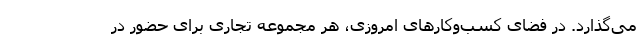
می‌گذارد. در فضای کسب‌وکارهای امروزی، هر مجموعه تجاری برای حضور در